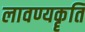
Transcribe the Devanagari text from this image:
लावण्यकॄति